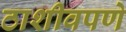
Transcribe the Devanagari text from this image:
ठाशीवपणे